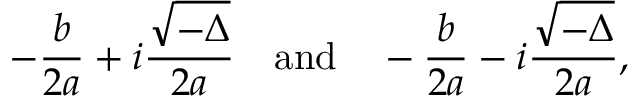
- { \frac { b } { 2 a } } + i { \frac { \sqrt { - \Delta } } { 2 a } } \quad { \mathrm { a n d } } \quad - { \frac { b } { 2 a } } - i { \frac { \sqrt { - \Delta } } { 2 a } } ,